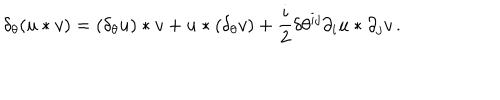
\delta _ { \theta } ( u * v ) = ( \delta _ { \theta } u ) * v + u * ( \delta _ { \theta } v ) + \frac i 2 \delta \theta ^ { i j } \partial _ { i } u * \partial _ { j } v \, .